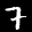
Digit: 7